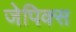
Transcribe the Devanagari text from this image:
जेपिक्स